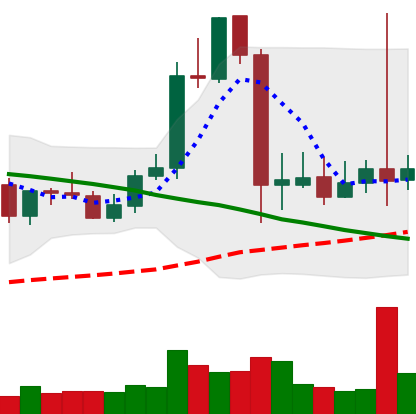
Ticker: LTC-USD
Chart end date: 2021-09-14
Forward return: -4.04%
Label: down_3_5